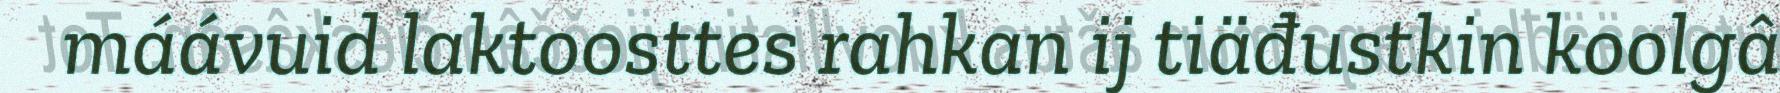
máávuid laktoosttes rahkan ij tiäđustkin koolgâ